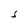
Character: S